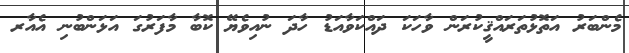
މެންބަރު އަތޮޅުތަރައްޤީކުރަން ވާހަކަ ދައްކަވާއަޑު ހާދަ ނުއިވެޔޭ ކޮބާ މާފަރުގަ އަޅަންބުނި އެއާރ